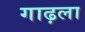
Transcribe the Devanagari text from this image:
गाढ़ला